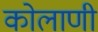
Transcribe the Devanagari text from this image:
कोलाणी